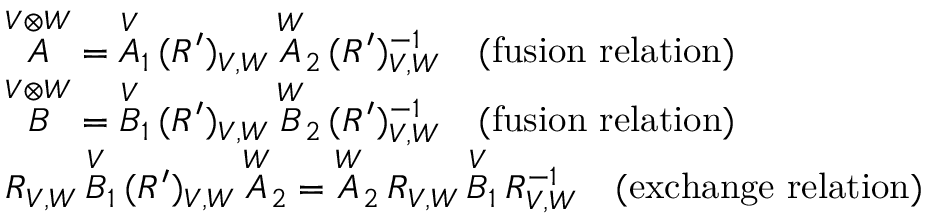
\begin{array} { r l } & { \overset { V \otimes W } { A } = \overset { V } { A } _ { 1 } \, ( R ^ { \prime } ) _ { V , W } \, \overset { W } { A } _ { 2 } \, ( R ^ { \prime } ) _ { V , W } ^ { - 1 } \quad \mathrm { ( f u s i o n ~ r e l a t i o n ) } } \\ & { \overset { V \otimes W } { B } = \overset { V } { B } _ { 1 } \, ( R ^ { \prime } ) _ { V , W } \, \overset { W } { B } _ { 2 } \, ( R ^ { \prime } ) _ { V , W } ^ { - 1 } \quad \mathrm { ( f u s i o n ~ r e l a t i o n ) } } \\ & { R _ { V , W } \, \overset { V } { B } _ { 1 } \, ( R ^ { \prime } ) _ { V , W } \, \overset { W } { A } _ { 2 } = \overset { W } { A } _ { 2 } \, R _ { V , W } \, \overset { V } { B } _ { 1 } \, R _ { V , W } ^ { - 1 } \quad \mathrm { ( e x c h a n g e ~ r e l a t i o n ) } } \end{array}